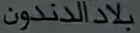
بلادالدندون